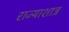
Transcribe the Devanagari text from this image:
राज्याशात्र